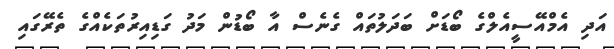
އަދި އެމްއޭސީއެލްގެ ބޯޑަށް ބަދަލުތައް ގެނެސް އާ ބޯޑުން މަދު ގަޑިއިރުތަކެއްގެ ތެރޭގައި